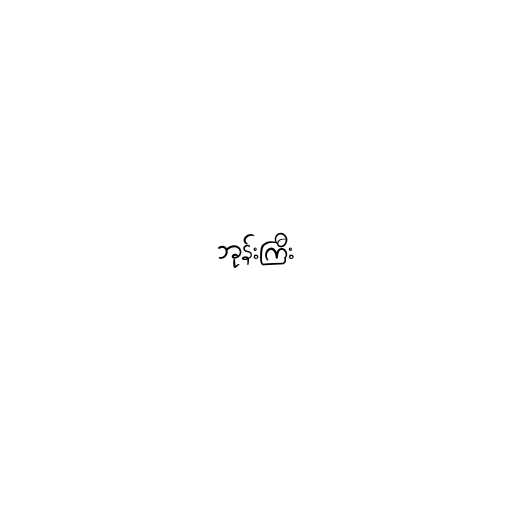
ဘုန်းကြီး